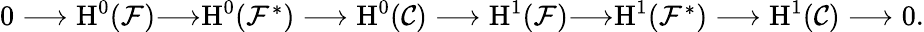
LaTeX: \begin{array}{r}{0\longrightarrow\textnormal{H}^{0}(\mathcal{F}){\longrightarrow}\textnormal{H}^{0}(\mathcal{F}^{*})\longrightarrow\textnormal{H}^{0}(\mathcal{C})\longrightarrow\textnormal{H}^{1}(\mathcal{F}){\longrightarrow}\textnormal{H}^{1}(\mathcal{F}^{*})\longrightarrow\textnormal{H}^{1}(\mathcal{C})\longrightarrow 0.}\end{array}